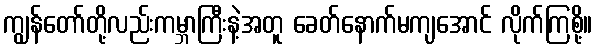
ကျွန်တော်တို့လည်းကမ္ဘာကြီးနဲ့အတူ ခေတ်နောက်မကျအောင် လိုက်ကြစို့။